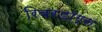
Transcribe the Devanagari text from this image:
रिवरडॉग्स